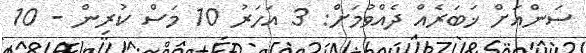
ސަންއަށް ޚަބަރެއް ދެއްވުމަށް: 3 އަހަރު 10 މަސް ކުރިން - 10